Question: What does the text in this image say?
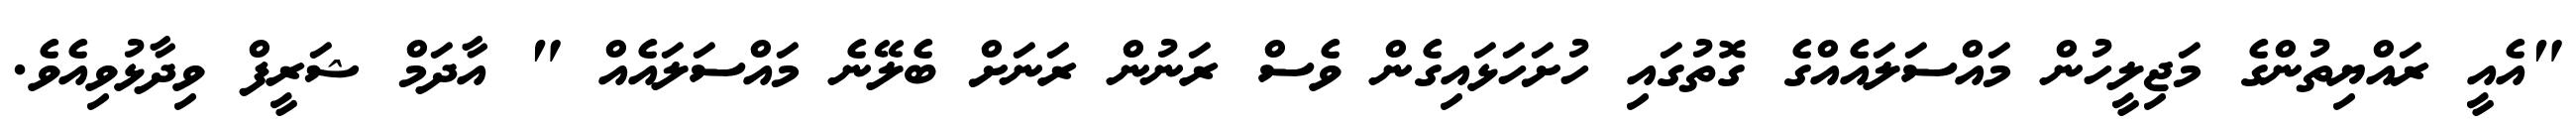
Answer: "އެއީ ރައްޔިތުންގެ މަޖިލީހުން މައްސަލައެއްގެ ގޮތުގައި ހުށަހަޅައިގެން ވެސް ރަނުން ރަނަށް ބެލޭނެ މައްސަލައެއް " އާދަމް ޝަރީފް ވިދާޅުވިއެވެ.